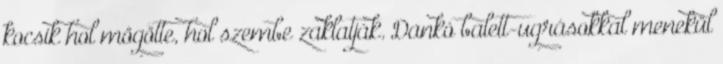
kocsik hol mögötte, hol szembe zaklatják. Dankó balett-ugrásokkal menekül